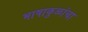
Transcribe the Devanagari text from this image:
भाषाकुळांचा